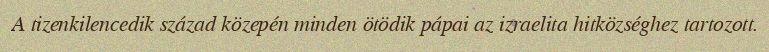
A tizenkilencedik század közepén minden ötödik pápai az izraelita hitközséghez tartozott.